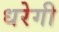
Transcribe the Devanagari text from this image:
धरेगी